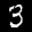
Label: 3